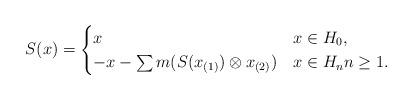
LaTeX: \begin{align*}S(x) = \begin{cases} x & x \in H_0, \\- x - \sum m(S(x_{(1)}) \otimes x_{(2)}) & x \in H_n n \geq 1.\end{cases}\end{align*}